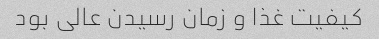
کیفیت غذا و زمان رسیدن عالی بود